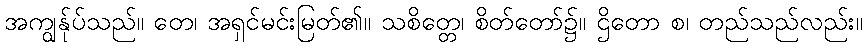
အကျွန်ုပ်သည်။ တေ၊ အရှင်မင်းမြတ်၏။ သစိတ္တေ၊ စိတ်တော်၌။ ဌိတော စ၊ တည်သည်လည်း။